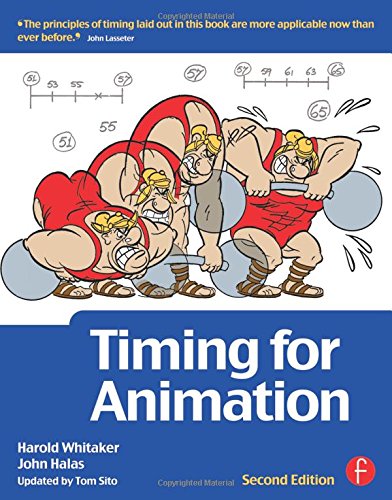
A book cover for Timing for Animation; John Halas; Arts & Photography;